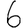
Digit: 6